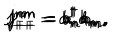
j _ { + + } ^ { n m } = a _ { n } ^ { \dagger } a _ { m } , \hspace { 1 c m } j _ { -- } ^ { n m } = b _ { n } ^ { \dagger } b _ { m } , \hspace { 1 c m } j _ { + - } ^ { n m } = a _ { n } ^ { \dagger } b _ { m } , \hspace { 1 c m } j _ { - + } ^ { n m } = b _ { n } ^ { \dagger } a _ { m } ,